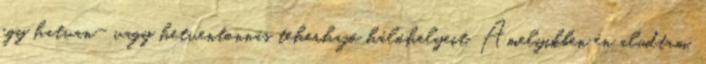
egy hatvan- vagy hetventonnás teherhajó hálóhelyeit. Amelyikben én aludtam,